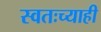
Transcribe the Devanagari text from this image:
स्वतःच्याही